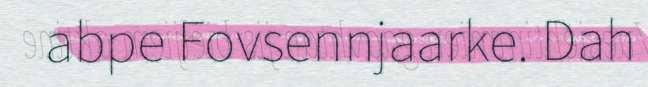
abpe Fovsennjaarke. Dah